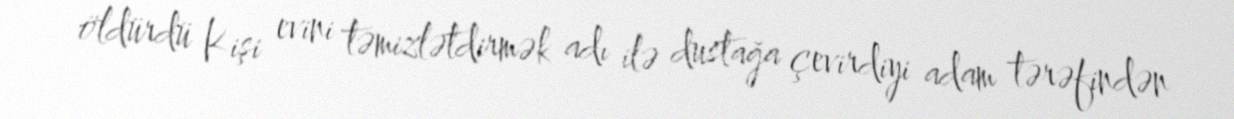
öldürdü Kişi evini təmizlətdirmək adı ilə dustağa çevirdiyi adam tərəfindən